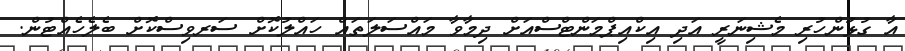
އާ ގުޅުންހުރި މެޝިނަރީ އަދި އިކްއިޕްމަންޓްސްއަށް ދިމާވާ މައްސަލަތައް ހައްލުކޮށް ސަރވިސްކޮށް ބެލެހެއްޓުން.